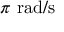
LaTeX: \pi \ \mathrm { r a d / s }